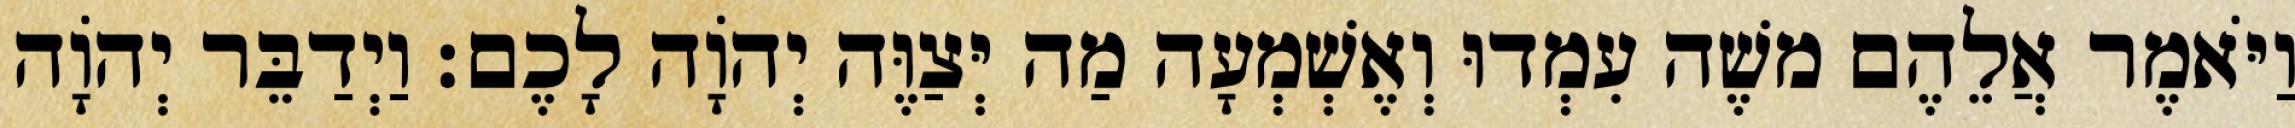
וַיֹּאמֶר אֲלֵהֶם משֶׁה עִמְדוּ וְאֶשְׁמְעָה מַה יְּצַוֶּה יְהוָֹה לָכֶם׃ וַיְדַבֵּר יְהוָֹה